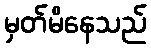
မှတ်မိနေသည်